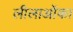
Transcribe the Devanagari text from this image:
लीलाओंका